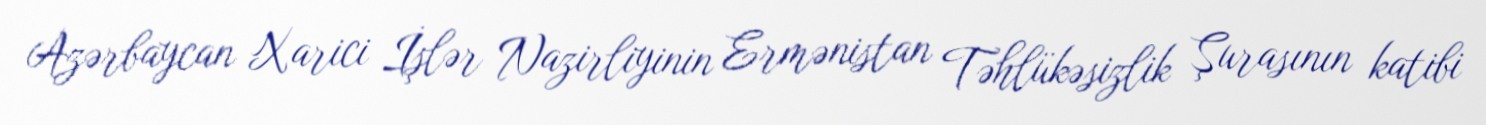
Azərbaycan Xarici İşlər Nazirliyinin Ermənistan Təhlükəsizlik Şurasının katibi